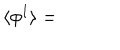
\langle \phi ^ { I } \rangle =